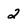
Character: 2